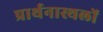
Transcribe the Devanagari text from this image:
प्रार्थनास्थलों